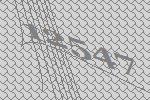
12547